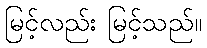
မြင့်လည်း မြင့်သည်။